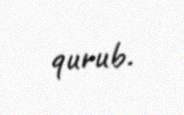
qurub.